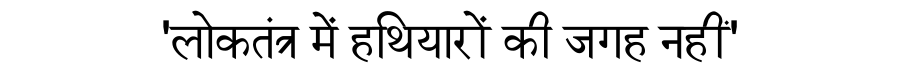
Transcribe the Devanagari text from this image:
'लोकतंत्र में हथियारों की जगह नहीं'